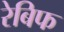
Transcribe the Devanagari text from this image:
रेबिफ